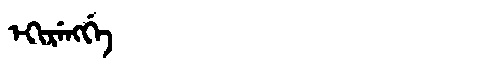
Manchu: ᡝᡴᡳᡵᡝᠩᡤᡝ
Romanization: EKIRENGGE